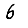
Digit: 6